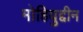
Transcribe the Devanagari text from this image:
मोहियुद्दीन